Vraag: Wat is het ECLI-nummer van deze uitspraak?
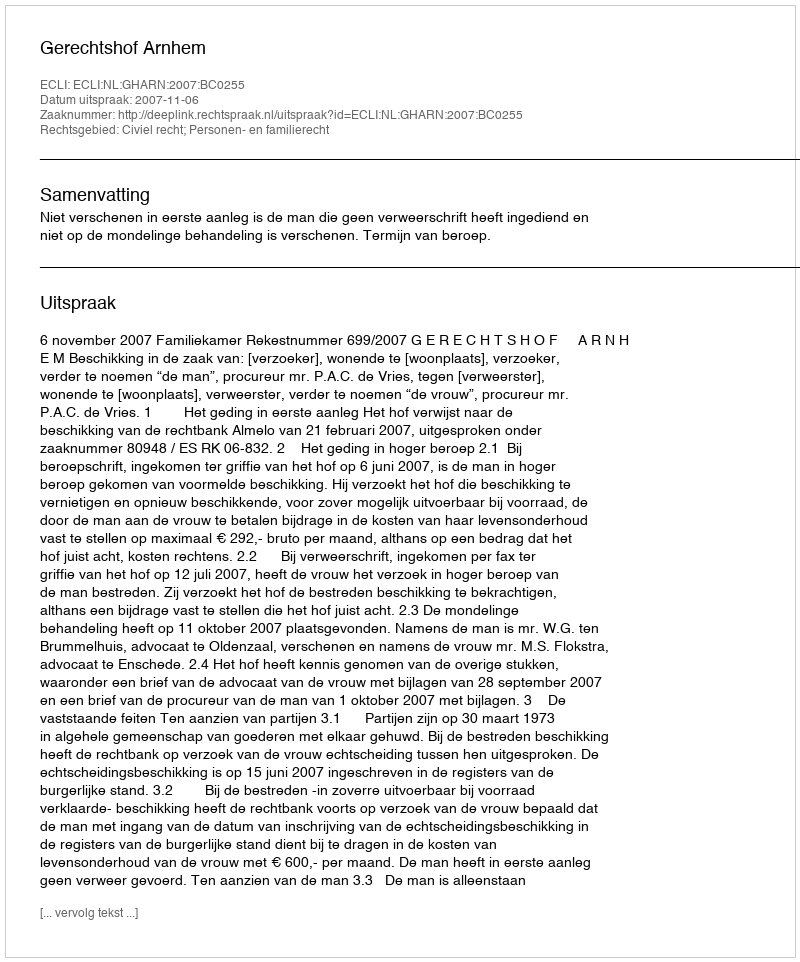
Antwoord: ECLI:NL:GHARN:2007:BC0255